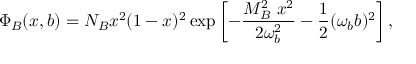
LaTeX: \Phi _ { B } ( x , b ) = N _ { B } x ^ { 2 } ( 1 - x ) ^ { 2 } \exp \left[ - \frac { M _ { B } ^ { 2 } \ x ^ { 2 } } { 2 \omega _ { b } ^ { 2 } } - \frac { 1 } { 2 } ( \omega _ { b } b ) ^ { 2 } \right] ,